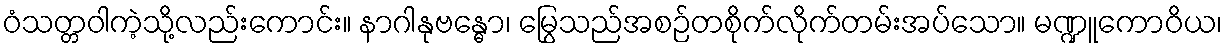
ဝံသတ္တဝါကဲ့သို့လည်းကောင်း။ နာဂါနုဗန္ဓော၊ မြွေသည်အစဉ်တစိုက်လိုက်တမ်းအပ်သော။ မဏ္ဍူကောဝိယ၊